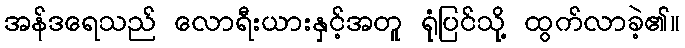
အန်ဒရေသည် လောရီးယားနှင့်အတူ ရုံပြင်သို့ ထွက်လာခဲ့၏။